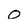
Character: 0